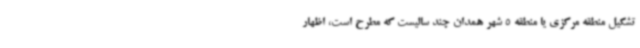
تشکیل منطقه مرکزی یا منطقه 5 شهر همدان چند سالیست که مطرح است، اظهار